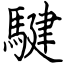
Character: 騝